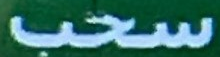
سحب